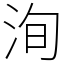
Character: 洵